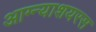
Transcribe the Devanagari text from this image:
आग्न्याशयरस